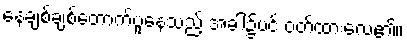
နေချစ်ချစ်တောက်ပူနေသည့် အခါ၌ပင် ဝတ်ထားလေ၏။